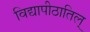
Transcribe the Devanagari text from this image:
विद्यापीठातिल्